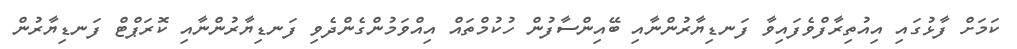
ކަމަށް ފާޅުގައި އިއުތިރާފްވެފައިވާ ފަނޑިޔާރުންނާއި ބޭއިންސާފުން ހުކުމްތައް އިއްވަމުންގެންދެވި ފަނޑިޔާރުންނާއި ކޮރަޕްޓް ފަނޑިޔާރުން